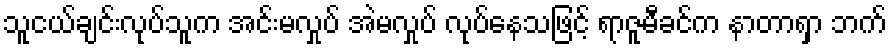
သူငယ်ချင်းလုပ်သူက အင်းမလှုပ် အဲမလှုပ် လုပ်နေသဖြင့် ရာဇူမီခင်က နာတာရှာ ဘက်